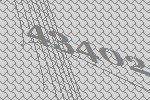
43402